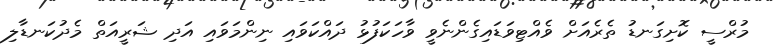
މުރްސީ ކޮށިގަނޑު ތެރެއަށް ވެއްޓިވަޑައިގެންނެވީ ވާހަކަފުޅު ދައްކަވައި ނިންމަވައި އަދި ޝަރީއަތް މެދުކަނޑާލި